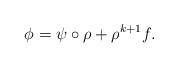
LaTeX: \begin{align*}\phi=\psi\circ\rho+\rho^{k+1}f.\end{align*}